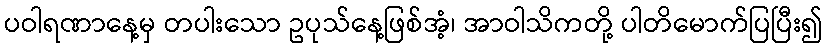
ပဝါရဏာနေ့မှ တပါးသော ဥပုသ်နေ့ဖြစ်အံ့၊ အာဝါသိကတို့ ပါတိမောက်ပြပြီး၍